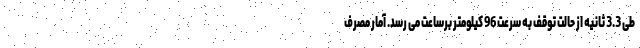
طی 3.3 ثانیه از حالت توقف به سرعت 96 کیلومتر برساعت می رسد. آمار مصرف